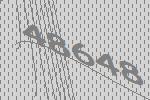
48648